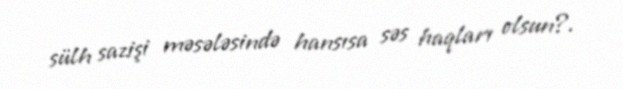
sülh sazişi məsələsində hansısa səs haqları olsun?.